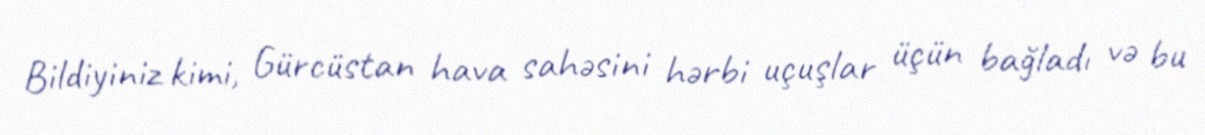
Bildiyiniz kimi, Gürcüstan hava sahəsini hərbi uçuşlar üçün bağladı və bu